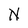
Character: N